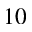
1 0